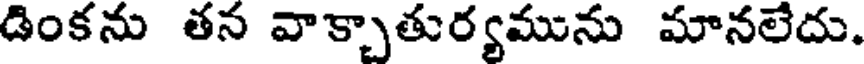
డింకను తన వాక్చాతుర్యమును మానలేదు.